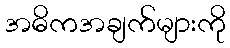
အဓိကအချက်များကို